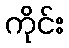
ကိုင်း